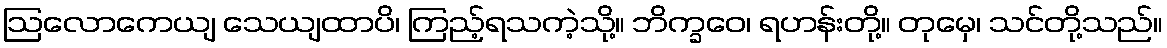
ဩလောကေယျ သေယျထာပိ၊ ကြည့်ရသကဲ့သို့။ ဘိက္ခဝေ၊ ရဟန်းတို့။ တုမှေ၊ သင်တို့သည်။